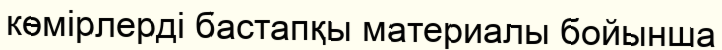
көмірлерді бастапқы материалы бойынша